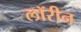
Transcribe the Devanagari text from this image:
लॉरीन